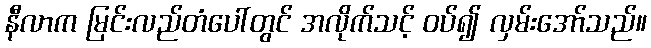
နီလာက မြင်းလည်တံပေါ်တွင် အလိုက်သင့် ဝပ်၍ လှမ်းအော်သည်။